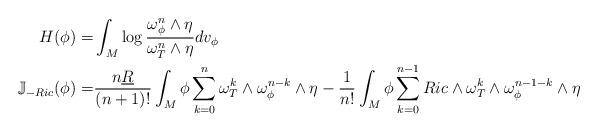
LaTeX: \begin{align*}H(\phi)=&\int_M \log \frac{\omega_\phi^n\wedge \eta}{\omega^n_T\wedge \eta} dv_\phi\\\mathbb{J}_{-Ric}(\phi)=&\frac{n\underline{R}}{(n+1)!}\int_M \phi \sum_{k=0}^n \omega^k_T\wedge \omega_\phi^{n-k}\wedge \eta-\frac{1}{n!}\int_M \phi \sum_{k=0}^{n-1}Ric\wedge \omega^k_T\wedge \omega_\phi^{n-1-k}\wedge \eta\end{align*}